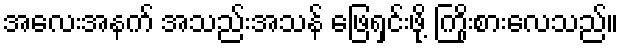
အလေးအနက် အသည်းအသန် ဖြေရှင်းဖို့ ကြိုးစားလေသည်။